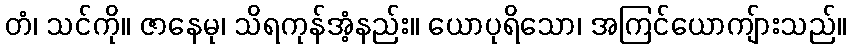
တံ၊ သင်ကို။ ဇာနေမု၊ သိရကုန်အံ့နည်း။ ယောပုရိသော၊ အကြင်ယောကျ်ားသည်။